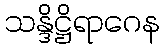
သန္ဒိဋ္ဌိရာဂေန